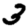
Digit: 3